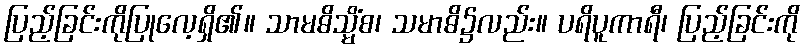
ပြည့်ခြင်းကိုပြုလေ့ရှိ၏။ သာမဓိသ္မိံစ၊ သမာဓိ၌လည်း။ ပရိပူကာရီ၊ ပြည့်ခြင်းကို